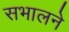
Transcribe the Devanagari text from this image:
सभालने